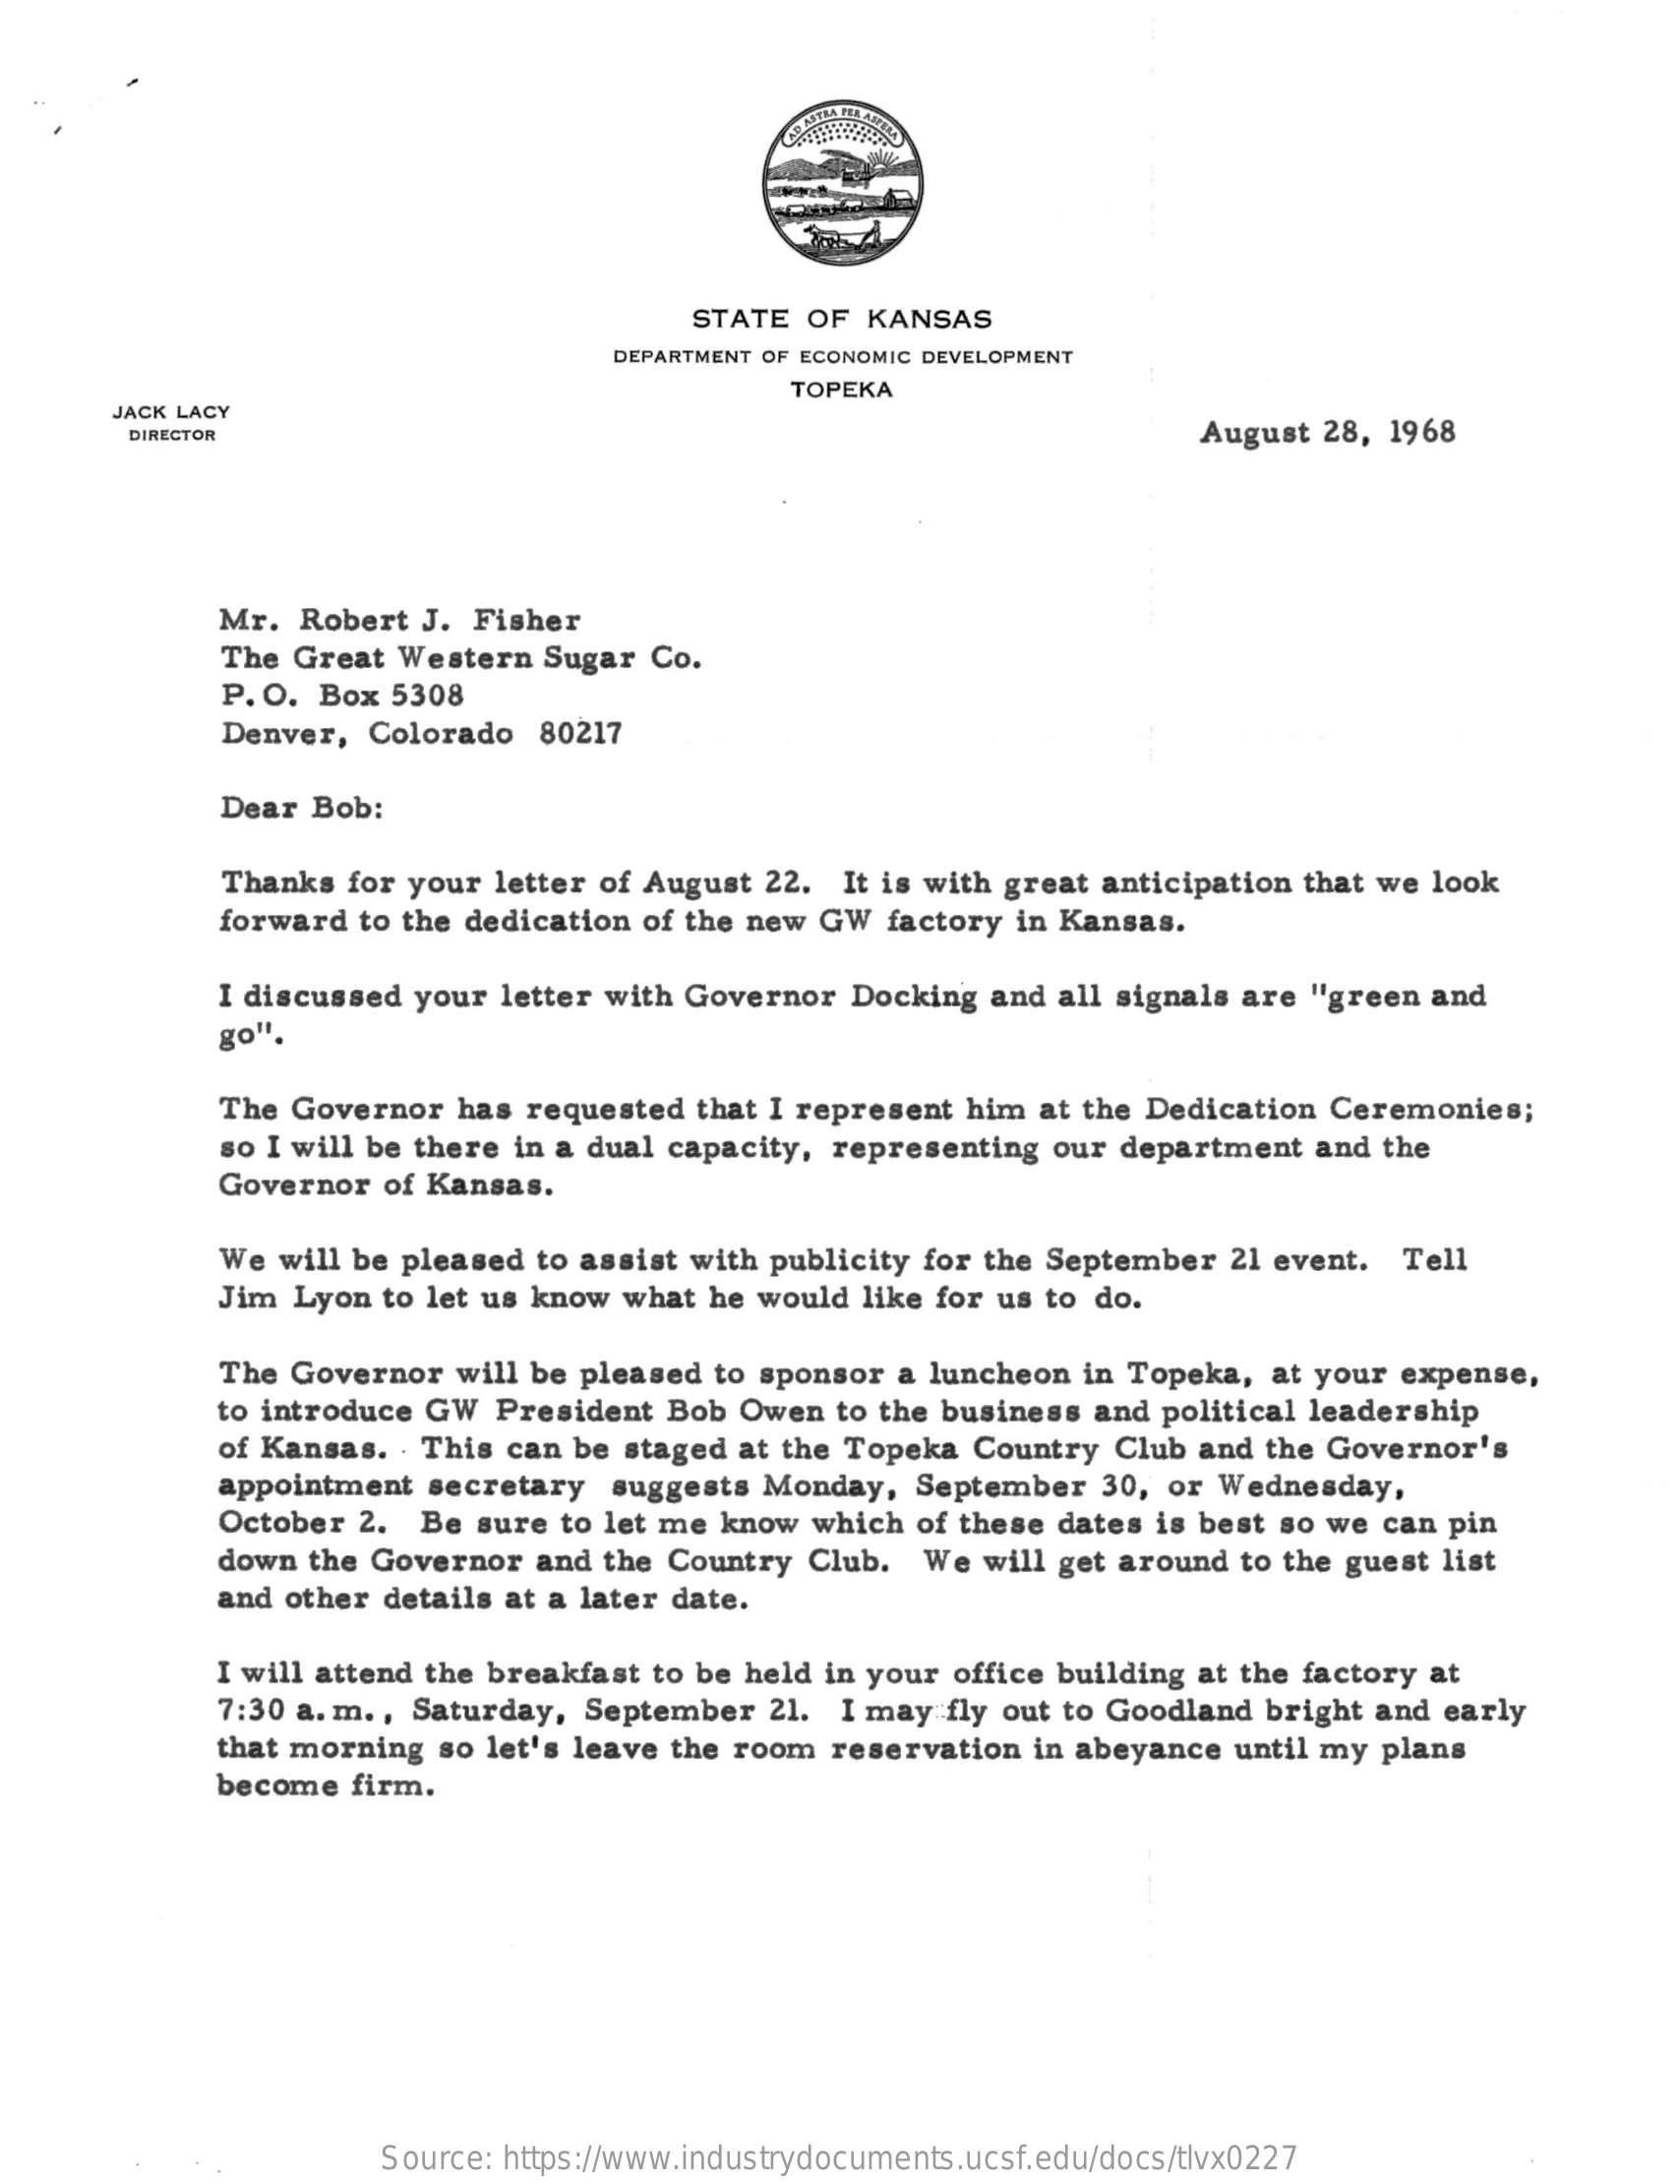
STATE OF KANSAS
     DEPARTMENT OF ECONOMIC DEVELOPMENT
     JACK LACY
     TOPEKA
     DIRECTOR    August 28, 1968
     Mr. Robert J. Fisher
     The Great Western Sugar Co.
     P. O. Box 5308
     Denver, Colorado 80217
     Dear Bob:
     Thanks for your letter of August 22. It is with great anticipation that we look
     forward to the dedication of the new GW factory in Kansas.
     I discussed your letter with Governor Docking and all signals are "green and
     go".
     The Governor has requested that I represent him at the Dedication Ceremonies;
     so I will be there in a dual capacity, representing our department and the
     Governor of Kansas.
     We will be pleased to assist with publicity for the September 21 event. Tell
     Jim Lyon to let us know what he would like for us to do.
     The Governor will be pleased to sponsor a luncheon in Topeka, at your expense,
     to introduce GW President Bob Owen to the business and political leadership
     of Kansas. . This can be staged at the Topeka Country Club and the Governor's
     appointment secretary suggests Monday, September 30, or Wednesday,
     October 2. Be sure to let me know which of these dates is best so we can pin
     down the Governor and the Country Club. We will get around to the guest list
     and other details at a later date.
     I will attend the breakfast to be held in your office building at the factory at
     7:30 a. m ., Saturday, September 21. I may fly out to Goodland bright and early
     that morning so let's leave the room reservation in abeyance until my plans
     become firm.
     Source: https://www.industrydocuments.ucsf.edu/docs/tlvx0227